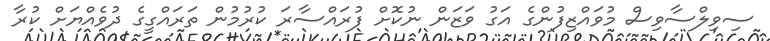
ސިވިލްސާވިސް މުވައްޒިފުންގެ އަގު ވަޒަން ނުކޮށް ފުރައްސާރަ ކުރުމުން ތަރައްގީގެ ދުވެއްޔަށް ކުރާ